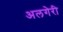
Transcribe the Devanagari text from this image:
अलगेरी